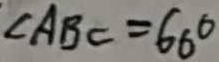
\angle A B C = 6 0 ^ { \circ }